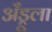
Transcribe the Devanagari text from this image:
अँड्रूला